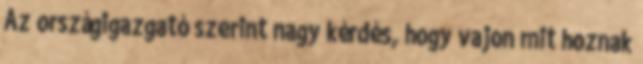
Az országigazgató szerint nagy kérdés, hogy vajon mit hoznak